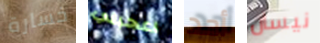
خسارة اعجبني أحد نيسان